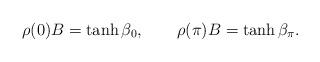
LaTeX: \begin{align*} \rho(0)B = \tanh \beta _0, \qquad \rho (\pi )B = \tanh \beta _\pi .\end{align*}